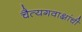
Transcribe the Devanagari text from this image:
चैत्यगवाक्षांची